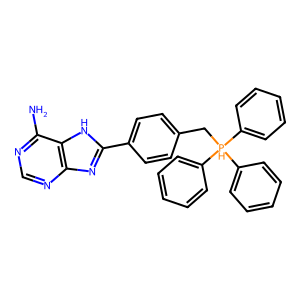
SMILES: Nc1ncnc2nc(-c3ccc(C[PH](c4ccccc4)(c4ccccc4)c4ccccc4)cc3)[nH]c12
Inhibits HIV replication: No